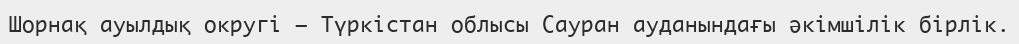
Шорнақ ауылдық округі – Түркістан облысы Сауран ауданындағы әкімшілік бірлік.